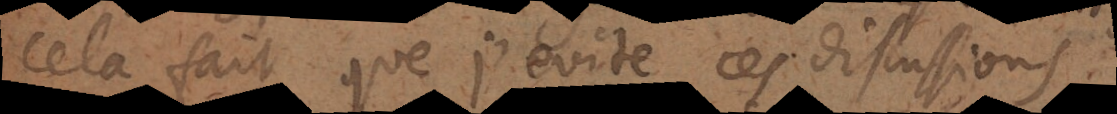
Cela fait que j’evite ces discussions